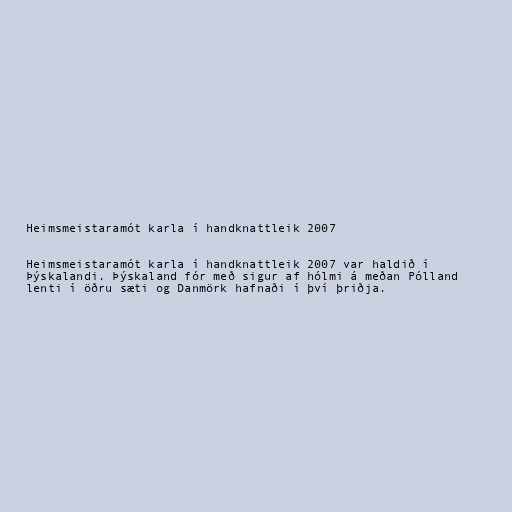
Heimsmeistaramót karla í handknattleik 2007

Heimsmeistaramót karla í handknattleik 2007 var haldið í
Þýskalandi. Þýskaland fór með sigur af hólmi á meðan Pólland
lenti í öðru sæti og Danmörk hafnaði í því þriðja.